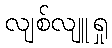
လျစ်လျူရှု